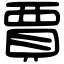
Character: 賈